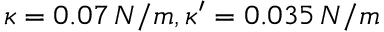
\kappa = 0 . 0 7 \, N / m , \kappa ^ { \prime } = 0 . 0 3 5 \, N / m